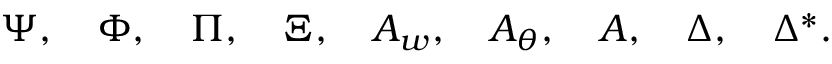
\Psi , ~ ~ ~ \Phi , ~ ~ ~ \Pi , ~ ~ ~ \Xi , ~ ~ ~ { \cal A } _ { w } , ~ ~ ~ { \cal A } _ { \theta } , ~ ~ ~ { \cal A } , ~ ~ ~ \Delta , ~ ~ ~ \Delta ^ { * } .